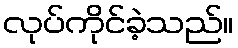
လုပ်ကိုင်ခဲ့သည်။